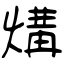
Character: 煹